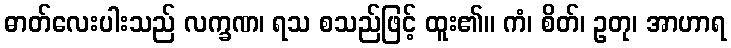
ဓာတ်လေးပါးသည် လက္ခဏ၊ ရသ စသည်ဖြင့် ထူး၏။ ကံ၊ စိတ်၊ ဥတု၊ အာဟာရ